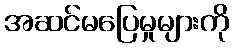
အဆင်မပြေမှုများကို